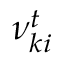
\nu _ { k i } ^ { t }